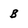
Character: B